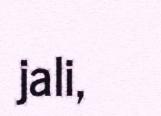
jali,